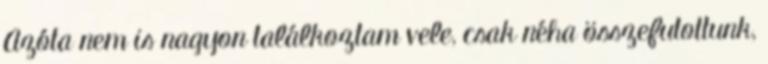
Azóta nem is nagyon találkoztam vele, csak néha összefutottunk,